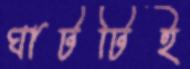
ঘাটটিই